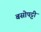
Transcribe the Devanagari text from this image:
बसोपट्टी